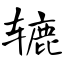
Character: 辘